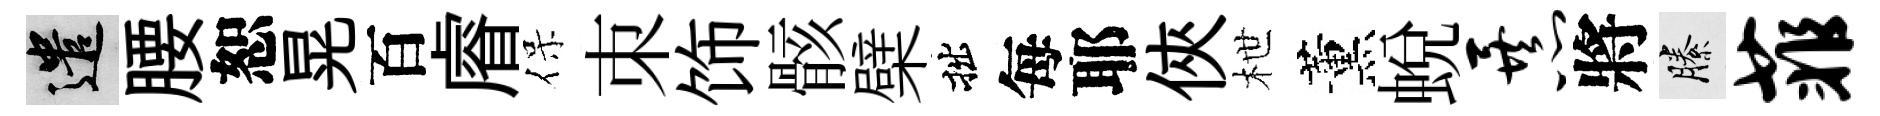
遣腰恕晃百𥈠保朿饰骸檗拙每耶俠枻薰蜕暴將縢菲